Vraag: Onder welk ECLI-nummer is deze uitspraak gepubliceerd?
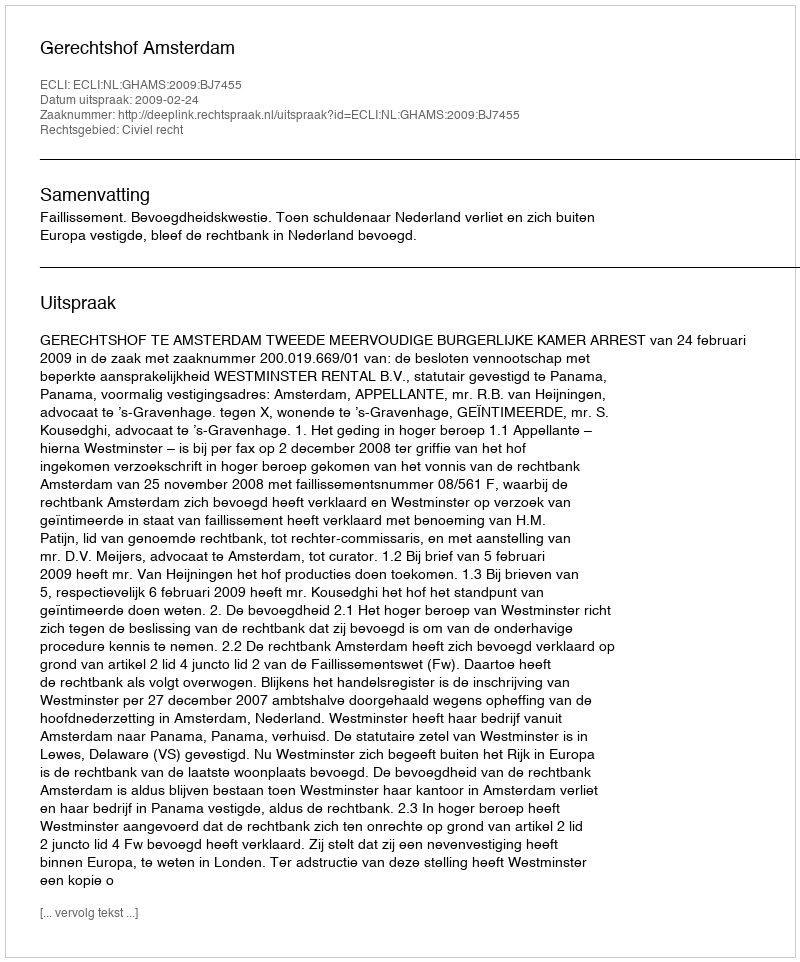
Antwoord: ECLI:NL:GHAMS:2009:BJ7455